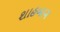
શાહબાગ